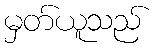
မှတ်ယူသည်